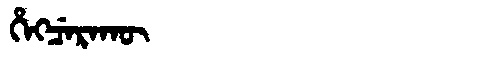
Manchu: ᡥᡝᡴᠴᡝᡵᠠᡴᡡ
Romanization: HEKCERAKŪ